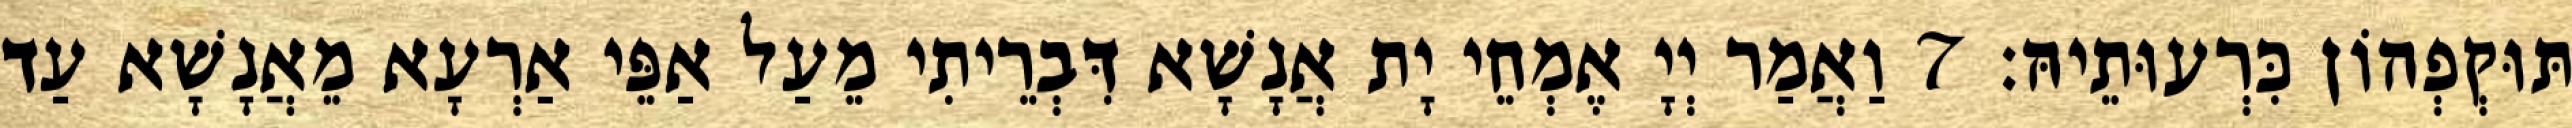
תּוּקְפְהוֹן כִּרְעוּתֵיהּ׃ 7 וַאֲמַר יְיָ אֶמְחֵי יָת אֲנָשָׁא דִּבְרֵיתִי מֵעַל אַפֵּי אַרְעָא מֵאֲנָשָׁא עַד